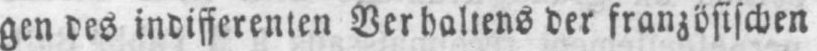
gen des indifferenten Verhaltens der französischen